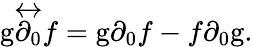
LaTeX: {\mathrm{g}}{\overleftrightarrow{\partial_{0}}}f=\mathrm{g}\partial_{0}f-f\partial_{0}\mathrm{g}.